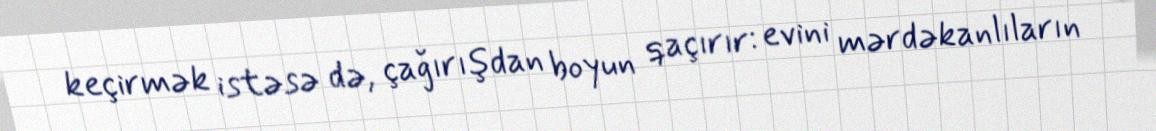
keçirmək istəsə də, çağırışdan boyun qaçırır: evini mərdəkanlıların